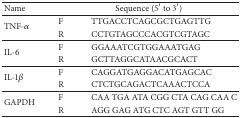
<table><thead><tr><td><b>Name</b></td><td colspan="2"><b>Sequence (5′ to 3′)</b></td></tr></thead><tbody><tr><td rowspan="2">TNF-<i>α</i></td><td>F</td><td>TTGACCTCAGCGCTGAGTTG</td></tr><tr><td>R</td><td>CCTGTAGCCCACGTCGTAGC</td></tr><tr><td rowspan="2">IL-6</td><td>F</td><td>GGAAATCGTGGAAATGAG</td></tr><tr><td>R</td><td>GCTTAGGCATAACGCACT</td></tr><tr><td rowspan="2">IL-1<i>β</i></td><td>F</td><td>CAGGATGAGGACATGAGCAC</td></tr><tr><td>R</td><td>CTCTGCAGACTCAAACTCCA</td></tr><tr><td rowspan="2">GAPDH </td><td>F</td><td>CAA TGA ATA CGG CTA CAG CAA C</td></tr><tr><td>R</td><td>AGG GAG ATG CTC AGT GTT GG</td></tr></tbody></table>